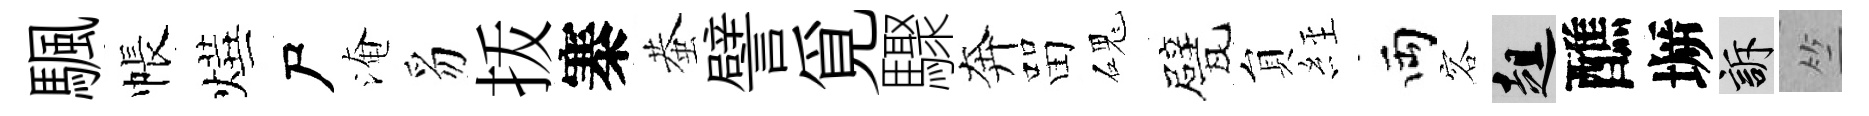
颿帳燁尸淹豸㧞寨蛬譬覓驟奔㽞磈甓貟𦀇両容趄醮󶱲訴竺